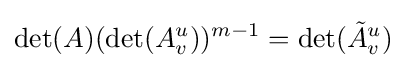
\det(A)(\det(A_{v}^{u}))^{m-1}=\det({\tilde {A}}_{v}^{u})